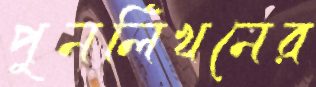
পুনর্লিখনের